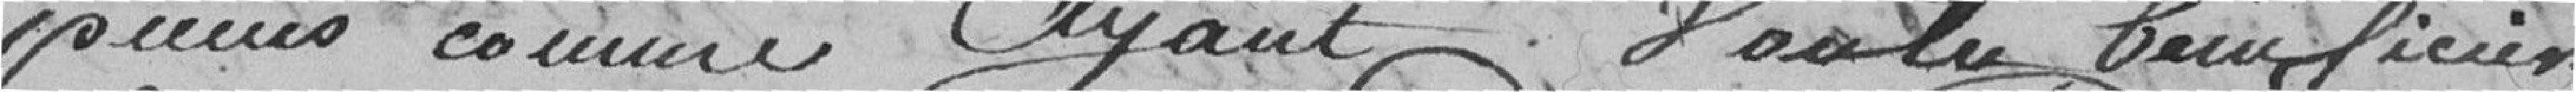
punis comme ayant voulu bénéficier